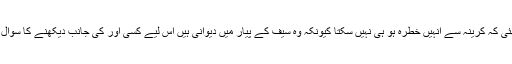
وہ اس لیے بھئی کہ کرینہ سے انہیں خطرہ ہو ہی نہیں سکتا کیونکہ وہ سیف کے پیار میں دیوانی ہیں اس لیے کسی اور کی جانب دیکھنے کا سوال ہی نہیں اٹھتا۔